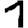
Digit: 1